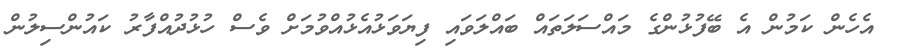
އެހެން ކަމުން އެ ބޭފުޅުންގެ މައްސަލަތައް ބައްލަވައި ފިޔަވަޅުއެޅުއްވުމަށް ވެސް ހުޅުދުއްފާރު ކައުންސިލުން